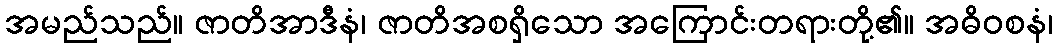
အမည်သည်။ ဇာတိအာဒီနံ၊ ဇာတိအစရှိသော အကြောင်းတရားတို့၏။ အဓိဝစနံ၊